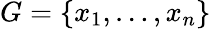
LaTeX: G=\{ x_{1},\ldots,x_{n}\}